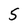
Character: 5